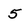
Character: 5